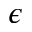
\epsilon